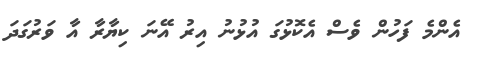
އެންމެ ފަހުން ވެސް އެކޮޅުގަ އުޅުނު އިރު އޭނަ ކިޔާރާ އާ ވަރުގަދަ